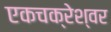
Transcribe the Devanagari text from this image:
एकचक्रेश्वर